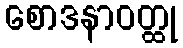
စောဒနာဝတ္ထု